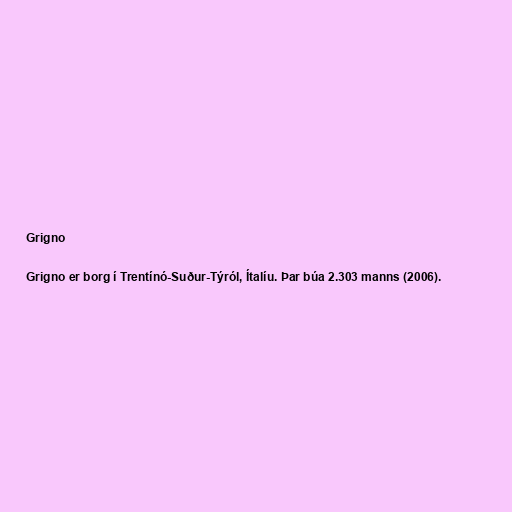
Grigno

Grigno er borg í Trentínó-Suður-Týról, Ítalíu. Þar búa 2.303 manns (2006).